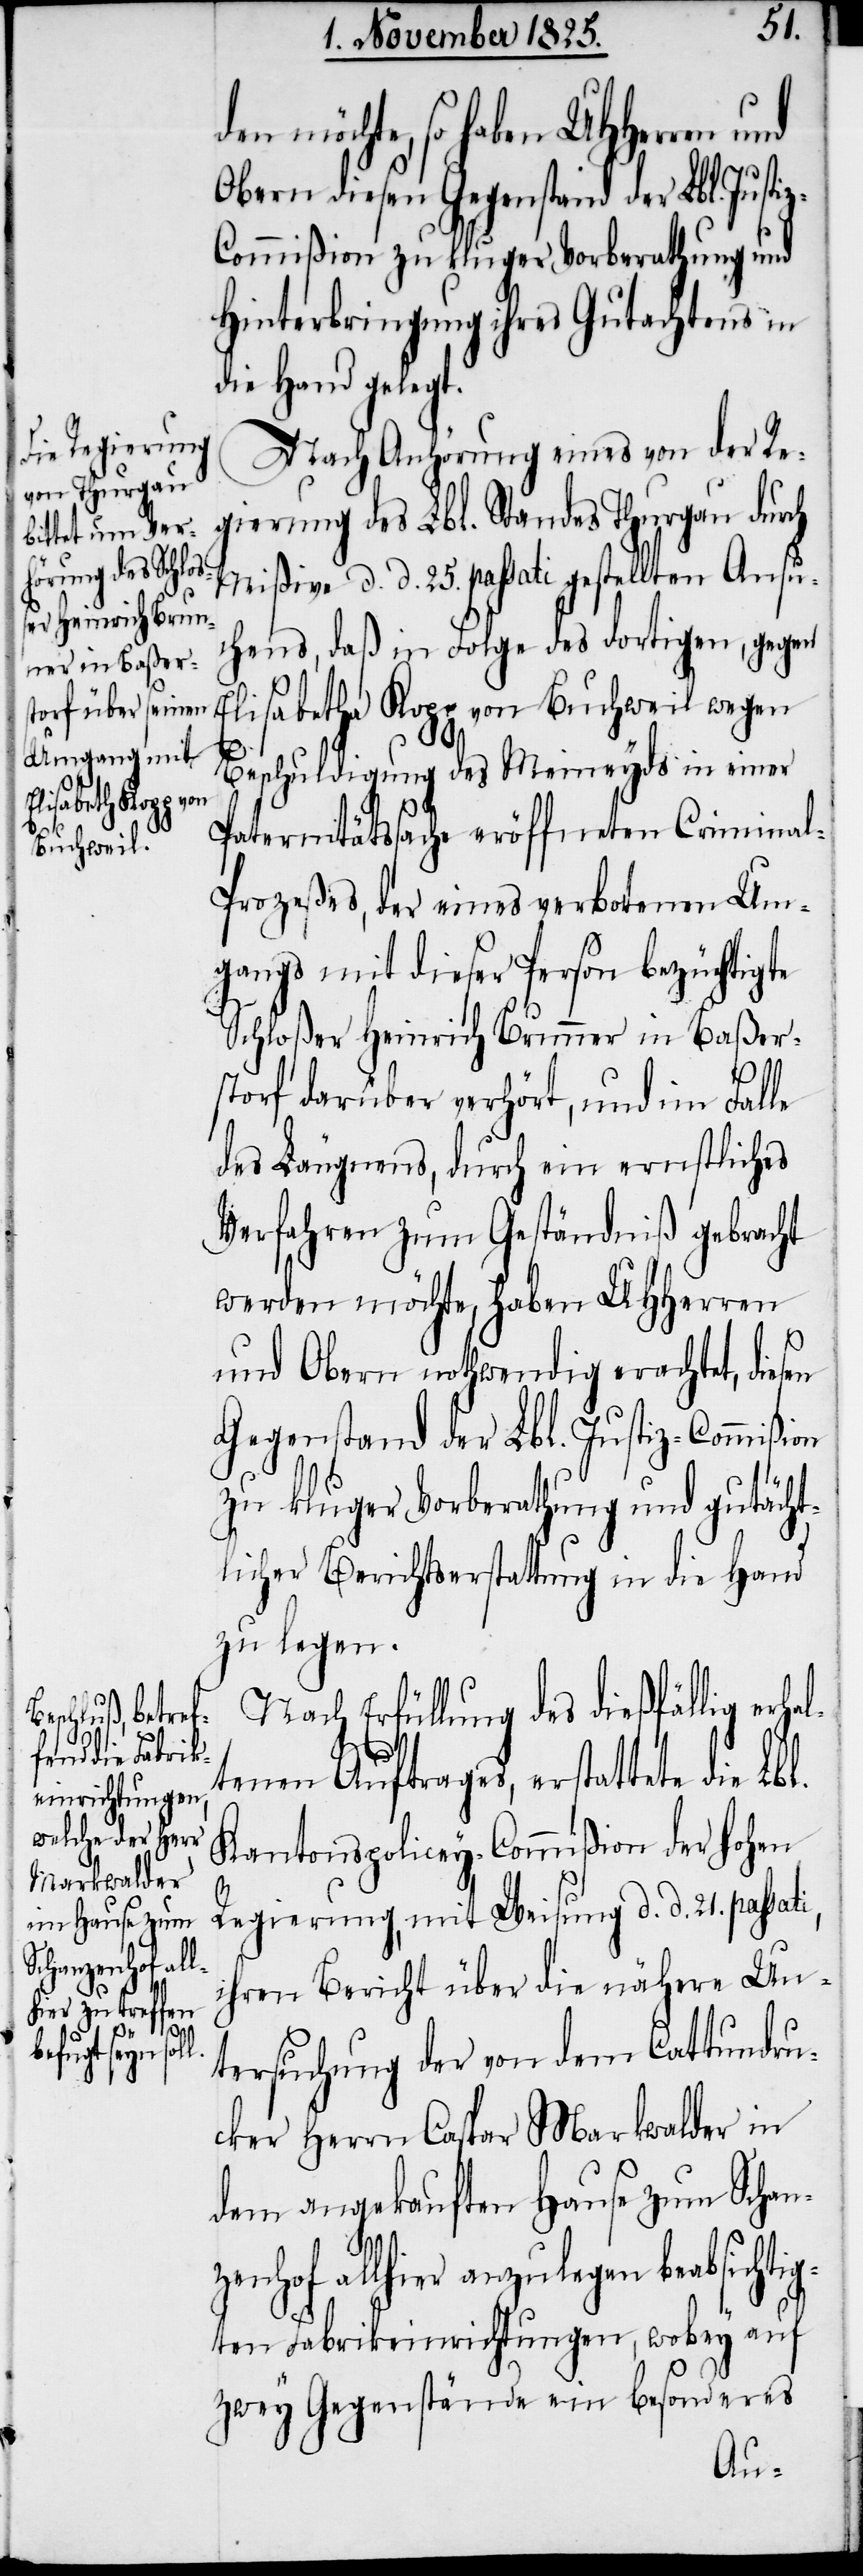
gestellten
l.

den möchte, so haben
enhof
Obern diesen Gegenstand der Lbl.
ommißion zu kluger Vorberathung und
Hinterbringung ihres Gutachtens in
die Hand gelegt.
Nach Anhörung eines von der Re¬
gierung des Lbl. Standes Thurgau durch
chens, daß in Folge des dortigen, gegen
Elisabetha Kopp von Buchweil wegen
Beschuldigung des Meineyds in einer
Paternitätsklage eröffneten Crimina¬
l-Prozeßes, der eines verbotenen Um¬
gangs mit dieser Person bezüchtigte
Schloßer Heinrich Brunner in Baßer¬
d. d.
storf darüber verhört, und im Falle
des Läugnens, durch ein ernstliches
Verfahren zum Geständniß gebracht
werden möchte, haben UHHerren
und Obern nothwendig erachtet, diesen
Gegenstand der Lbl. Justiz-Commißion
zu kluger Vorberathung und gutächt¬
licher Berichtserstattung in die Hand
zu legen.
Nach Erfüllung des dießfällig erha¬
ltenen Auftrages, erstattete die Lb¬
Kantonspolicey-Commißion der hohen
Regierung, mit Weisung d. d. 21. passati,
ihren Bericht über die nähere Un¬
tersuchung der von dem Cattundru¬
cker Herrn Caspar Markwalder in
dem angekauften Hause zum Schanz¬
allhier anzulegen beabsicht¬
igten Fabrikeinrichtungen, wobey auf
zwey Gegenstände ein besonderes